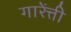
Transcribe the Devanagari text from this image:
गारेंत्ती